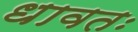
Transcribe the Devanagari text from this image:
धावतः